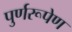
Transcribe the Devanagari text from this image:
पुर्णरूपेण